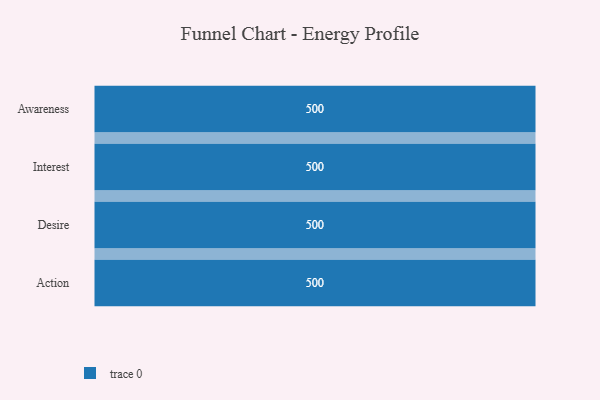
{"axis": {"x": "Stage", "y": "Value"}, "legend": [""], "data": [{"x": "Awareness", "y": 500, "type": ""}, {"x": "Interest", "y": 500, "type": ""}, {"x": "Desire", "y": 500, "type": ""}, {"x": "Action", "y": 500, "type": ""}]}